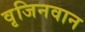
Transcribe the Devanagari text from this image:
वृजिनवान